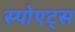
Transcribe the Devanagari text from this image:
स्पोएट्स